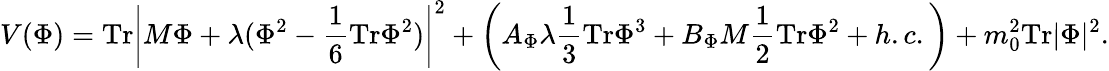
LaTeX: V(\Phi)=\mathrm{Tr}\left|M\Phi+\lambda(\Phi^{2}-\frac{1}{6}\mathrm{Tr}\Phi^{2})\right|^{2}+\left(A_{\Phi}\lambda\frac{1}{3}\mathrm{Tr}\Phi^{3}+B_{\Phi}M\frac{1}{2}\mathrm{Tr}\Phi^{2}+h.c.\right)+m_{0}^{2}\mathrm{Tr}|\Phi|^{2}.